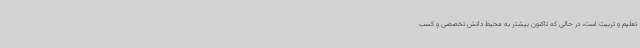
تعلیم و تربیت است، در حالی که تاکنون بیشتر به محیط دانش تخصصی و کسب